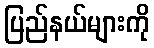
ပြည်နယ်များကို